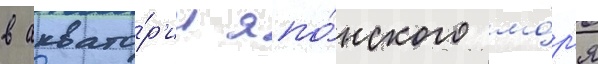
в аквато́р'ии япо́нского мо́р'я